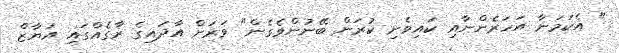
" އެކަމަނާ އަހަރެންނާއި ކައިވެނި ކުރަން ބޭނުންވެގެން" ވަރަށް އާދައިގެ ރާގެއްގައި އަޔާޒް